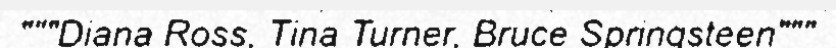
"""Diana Ross, Tina Turner, Bruce Springsteen"""